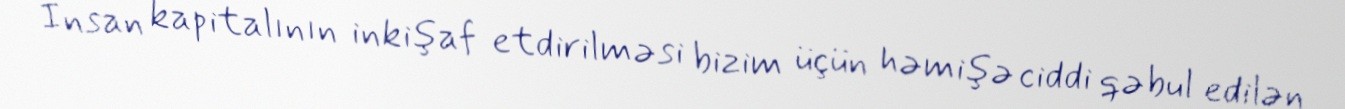
İnsan kapitalının inkişaf etdirilməsi bizim üçün həmişə ciddi qəbul edilən